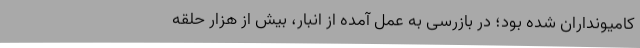
کامیونداران شده بود؛ در بازرسی به عمل آمده از انبار، بیش از هزار حلقه